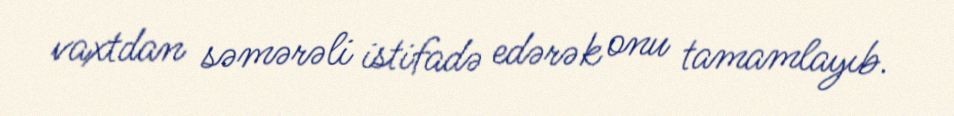
vaxtdan səmərəli istifadə edərək onu tamamlayıb.